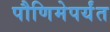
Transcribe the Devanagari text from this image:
पौणिमेपर्यंत